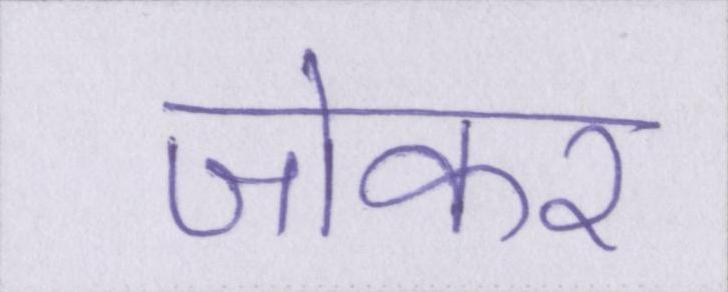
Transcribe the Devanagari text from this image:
जोकर